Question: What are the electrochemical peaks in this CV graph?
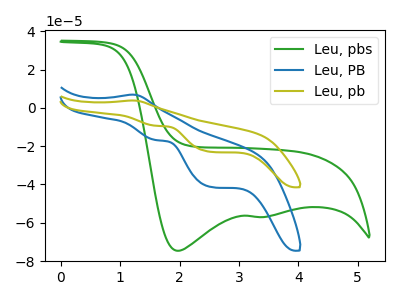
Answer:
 <answer>The green curve "Leu, pbs" has cathodic peaks at (1.95V, -74.65uA) (3.30V, -57.00uA). The blue curve "Leu, PB" has an anodic peak at (1.20V, 6.90uA) and cathodic peaks at (1.60V, -16.85uA) (2.55V, -41.40uA). The olive curve "Leu, pb" has an anodic peak at (1.20V, 3.85uA) and cathodic peaks at (1.60V, -9.35uA) (2.55V, -23.05uA).</answer>
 <eval></eval>